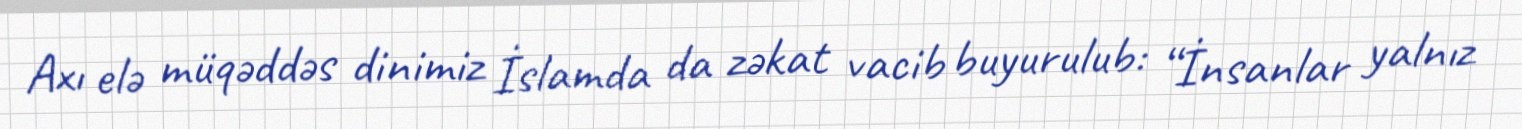
Axı elə müqəddəs dinimiz İslamda da zəkat vacib buyurulub: “İnsanlar yalnız